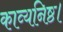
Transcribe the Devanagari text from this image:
काव्यनिष्ठ।